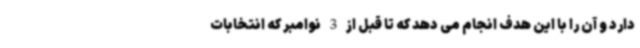
دارد و آن را با این هدف انجام می دهد که تا قبل از 3 نوامبر که انتخابات